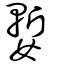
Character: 嬱